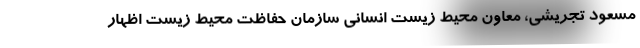
مسعود تجریشی، معاون محیط زیست انسانی سازمان حفاظت محیط زیست اظهار